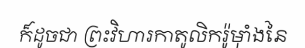
ក៏ដូចជា ព្រះវិហារកាតូលិករ៉ូម៉ាំងនៃ